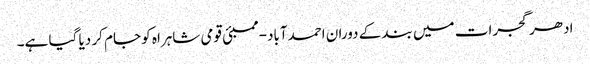
ادھر گجرات میں بند کے دوران احمدآباد-ممبئی قومی شاہراہ کو جام کر دیا گیا ہے۔